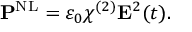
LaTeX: \mathbf { P } ^ { \mathrm { N L } } = \varepsilon _ { 0 } \chi ^ { ( 2 ) } \mathbf { E } ^ { 2 } ( t ) .